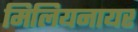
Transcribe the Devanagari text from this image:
मिलियनायर